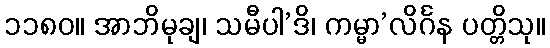
၁၁၈၀။ အာဘိမုချ၊ သမီပါ’ဒိ၊ ကမ္မာ’လိင်္ဂန ပတ္တိသု။